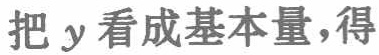
把 \(y\) 看成基本量，得